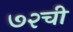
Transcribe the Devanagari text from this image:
७२ची